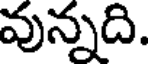
వున్నది.